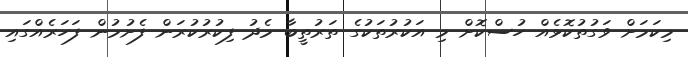
މިކަމަށް ވަގުތުކޮޅެއް ހުސްކޮށް މި އަކުރުތަކުގެ ތަރުތީބާ މެދު ފިކުރުކުރަން ފެށުމުން ފަހަރެއްގައި